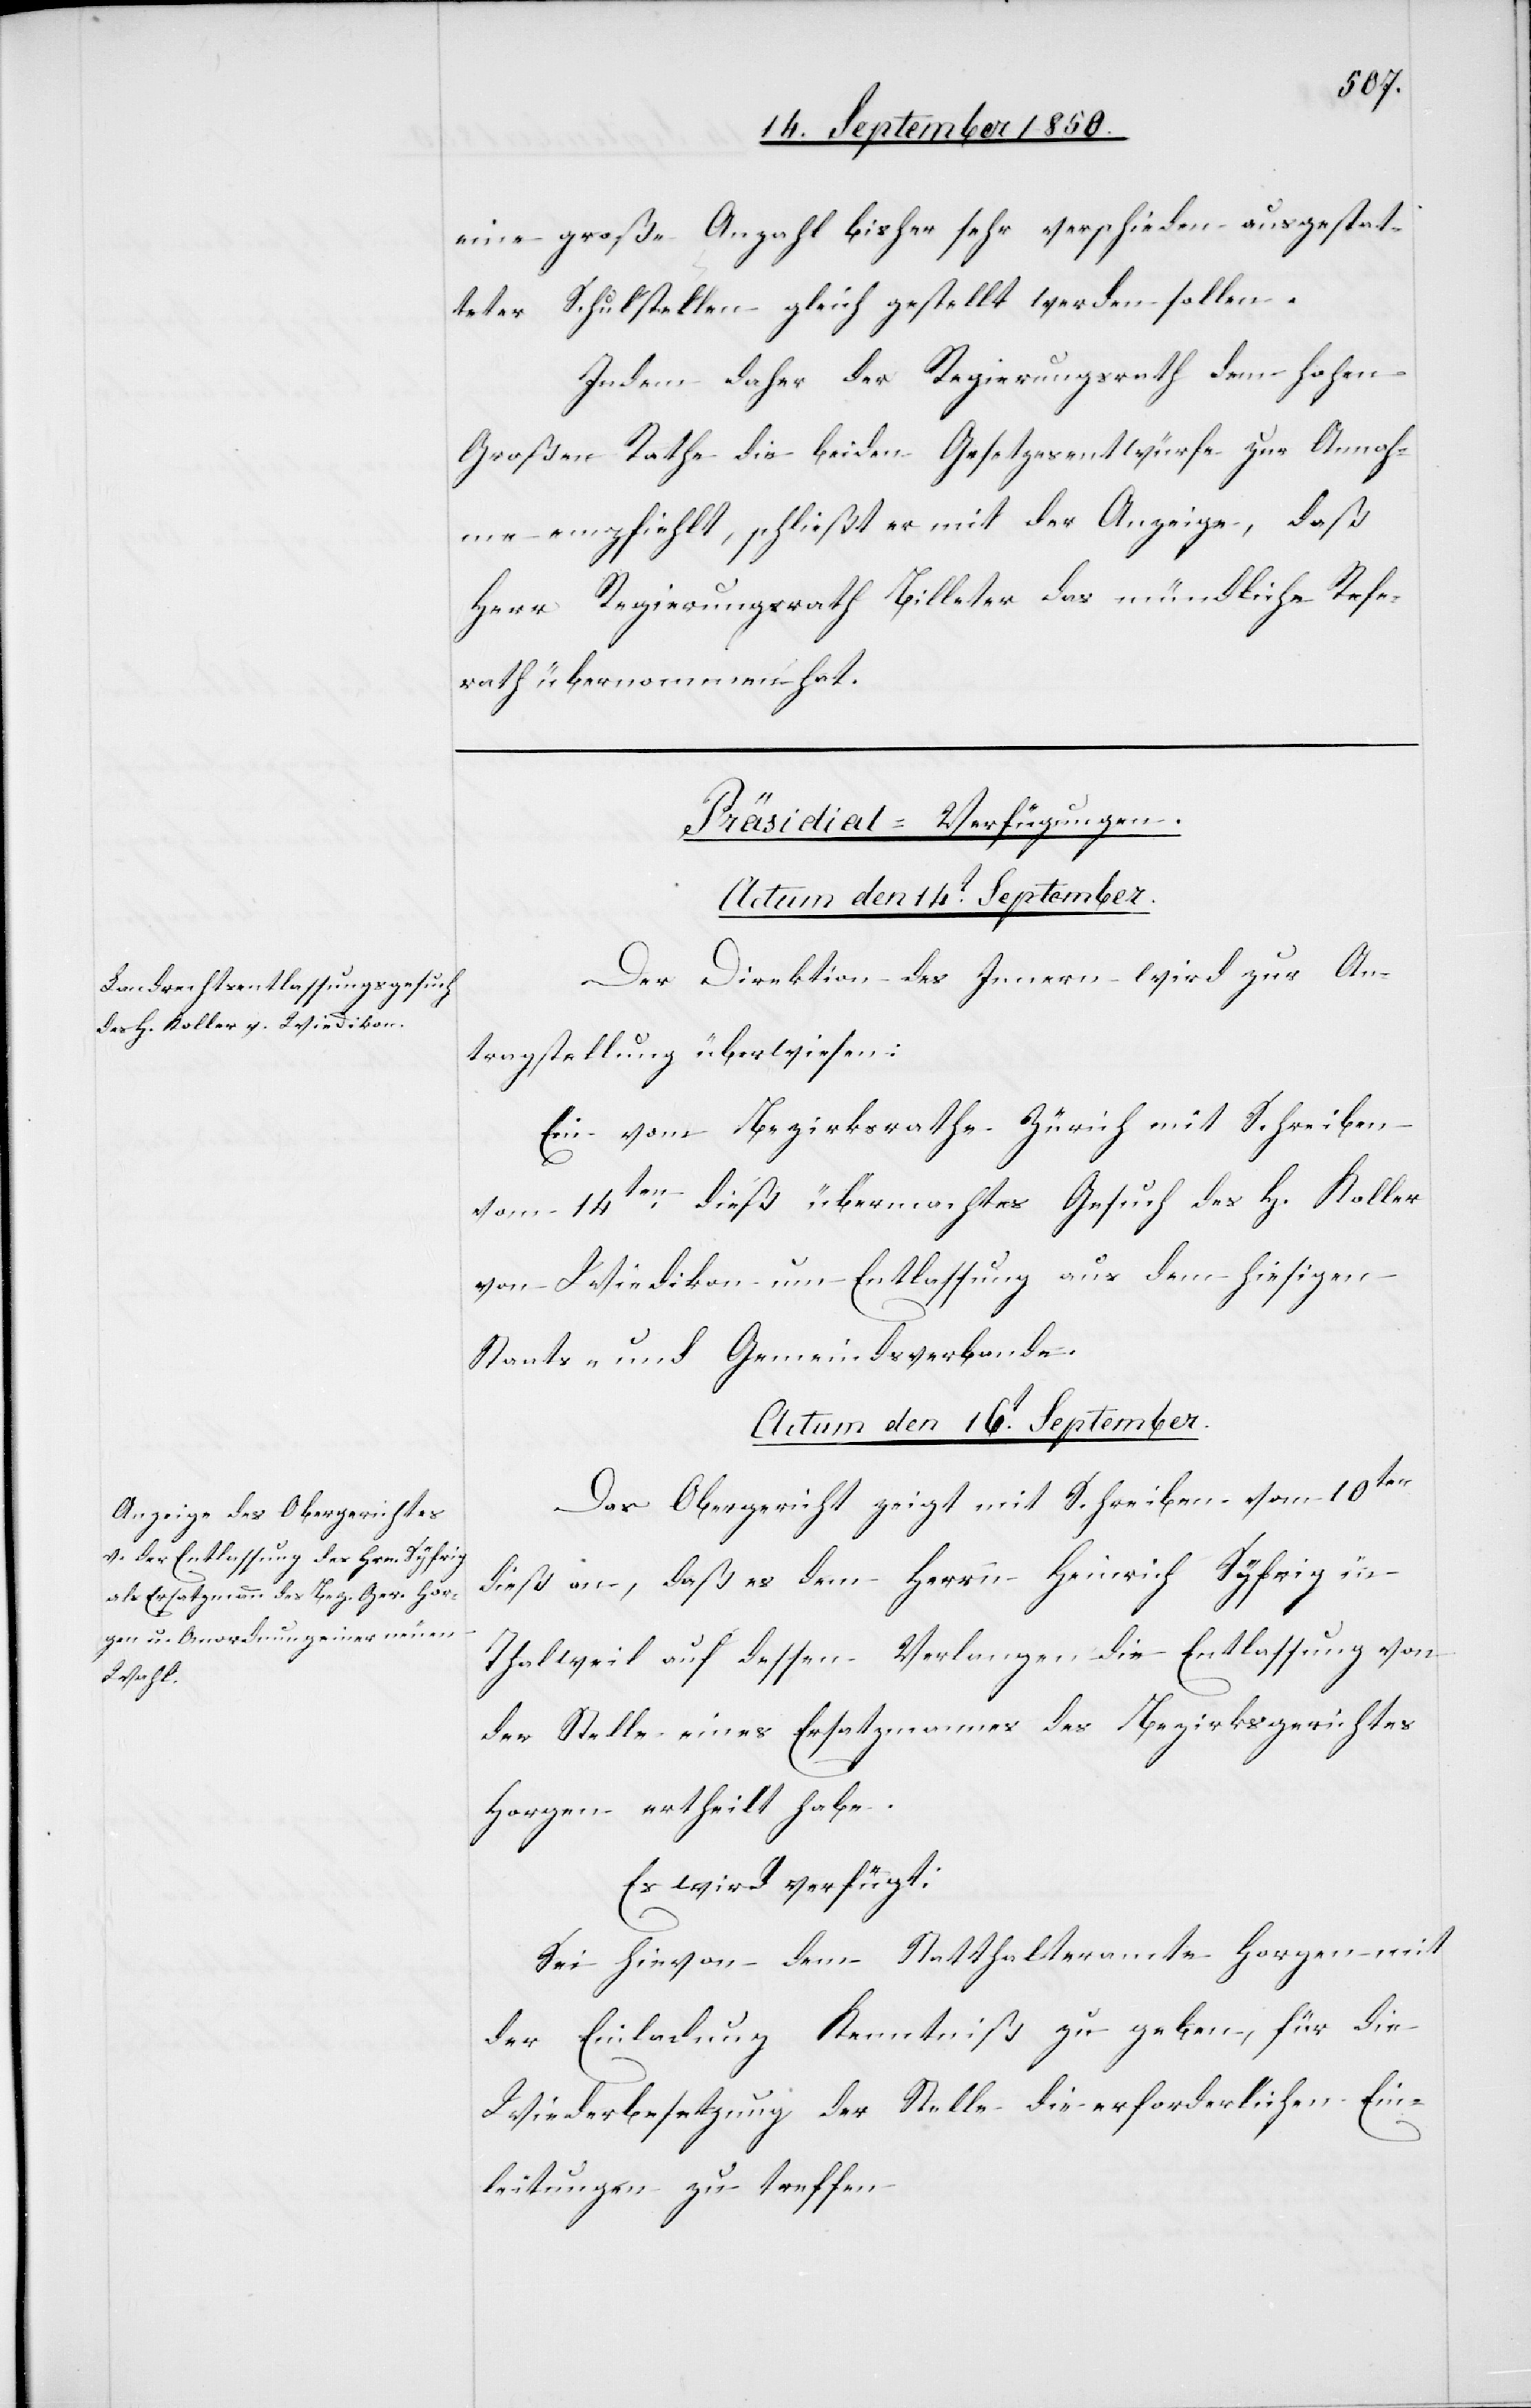
eine große Anzahl bisher sehr verschieden ausgestat¬
teter Schulstellen gleich gestellt werden sollen.
Indem daher der Regierungsrath dem hohen
Großen Rathe die beiden Gesetzesentwürfe zur Annah¬
me empfiehlt, schließt er mit der Anzeige, daß
Herr Regierungsrath Billeter das mündliche Refe¬
rath übernommen hat.
[Präsidial-Verfügungen.]
Actum den 14t September.
Der Direktion des Innern wird zur An¬
tragstellung überwiesen:
Ein vom Bezirksrathe Zürich mit Schreiben
vom 14ten dieß übermachtes Gesuch des H. Koller
von Wiedikon um Entlassung aus dem hiesigen
Staats- und Gemeindsverbande.
Actum den 16t September.
Das Obergericht zeigt mit Schreiben vom 10ten
dieß an, daß es dem Herrn Heinrich Syfrig in
Thalweil auf dessen Verlangen die Entlassung von
der Stelle eines Ersatzmannes des Bezirksgerichtes
Horgen ertheilt habe.
Es wird verfügt:
Sei hievon dem Statthalteramte Horgen mit
der Einladung Kenntniß zu geben, für die
Wiederbesetzung der Stelle die erforderlichen Ein¬
leitungen zu treffen.